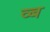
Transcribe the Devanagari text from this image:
व्ब